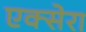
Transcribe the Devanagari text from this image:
एक्सेरा